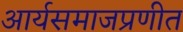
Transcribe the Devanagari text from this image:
आर्यसमाजप्रणीत